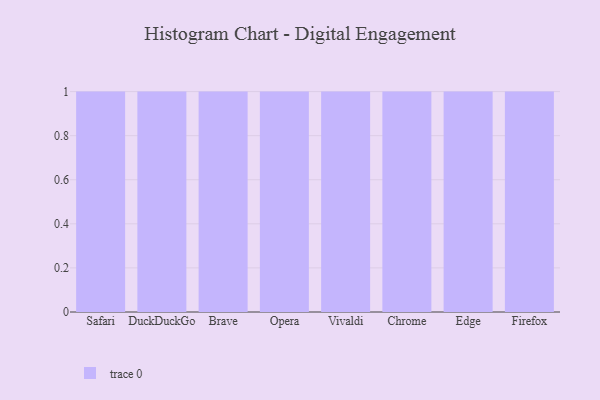
{"axis": {"x": "Browser", "y": "Active Users"}, "legend": [""], "data": [{"x": "Safari", "y": 36, "type": ""}, {"x": "DuckDuckGo", "y": 58, "type": ""}, {"x": "Brave", "y": 18, "type": ""}, {"x": "Opera", "y": 72, "type": ""}, {"x": "Vivaldi", "y": 24, "type": ""}, {"x": "Chrome", "y": 65, "type": ""}, {"x": "Edge", "y": 37, "type": ""}, {"x": "Firefox", "y": 82, "type": ""}]}